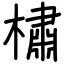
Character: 橚